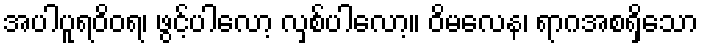
အပါပူရဝိဝရ၊ ဖွင့်ပါလော့ လှစ်ပါလော့။ ဝိမလေန၊ ရာဂအစရှိသော